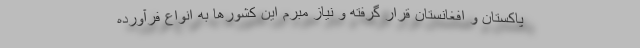
پاکستان و افغانستان قرار گرفته و نیاز مبرم این کشورها به انواع فرآورده